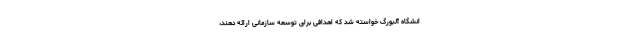
انشگاه آلبورگ خواسته شد که اهدافی برای توسعهٔ سازمانی ارائه دهند،